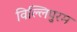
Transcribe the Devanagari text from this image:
विल्लिपुरम